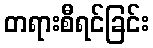
တရားစီရင်ခြင်း